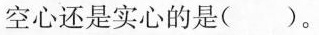
空心还是实心的是( )。